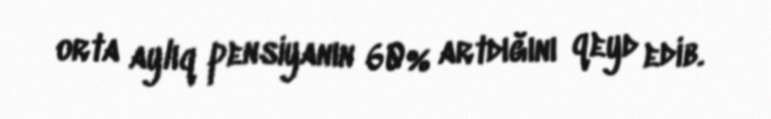
orta aylıq pensiyanın 60% artdığını qeyd edib.